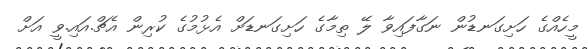
މީހެއްގެ ހަށިގަނޑުން ނަގާފައިވާ ލޭ ތިމާގެ ހަށިގަނޑަށް އެޅުމުގެ ކުރިން އެޗް.އައި.ވީ އަށް